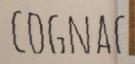
COGNAC